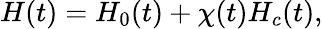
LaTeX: \begin{array}{r}{H(t)=H_{0}(t)+\chi(t)H_{c}(t),}\end{array}